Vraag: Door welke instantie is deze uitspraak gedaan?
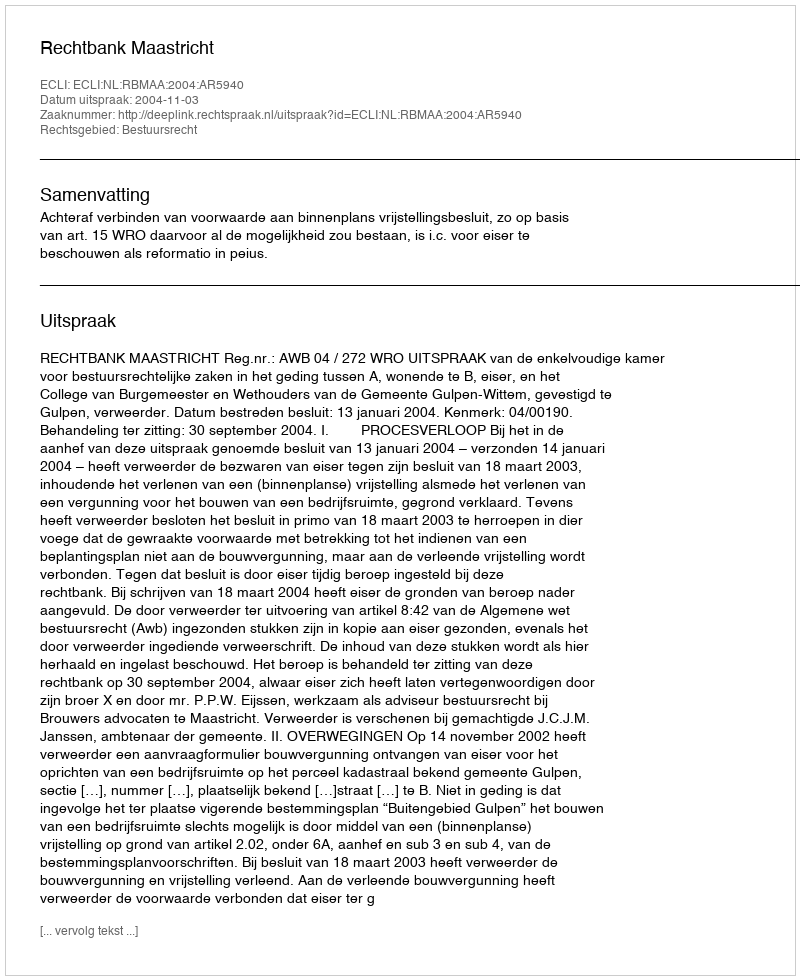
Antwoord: Rechtbank Maastricht